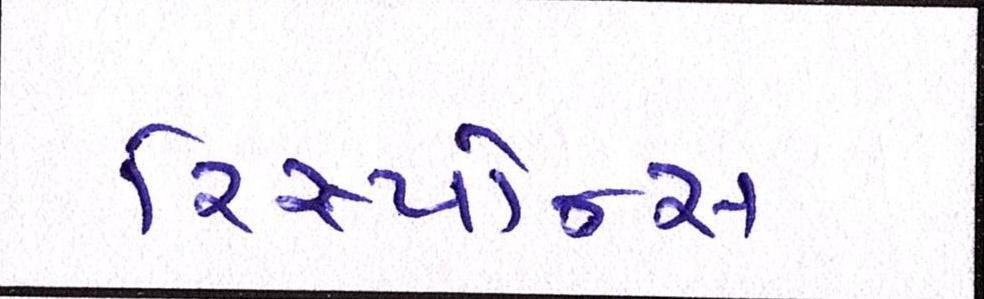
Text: રિસ્પોન્સ